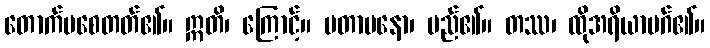
တောက်ပစေတတ်၏။ ဣတိ၊ ကြောင့်။ ပတာပနော၊ မည်၏။ တဿ၊ ထိုအရိယာမဂ်၏။